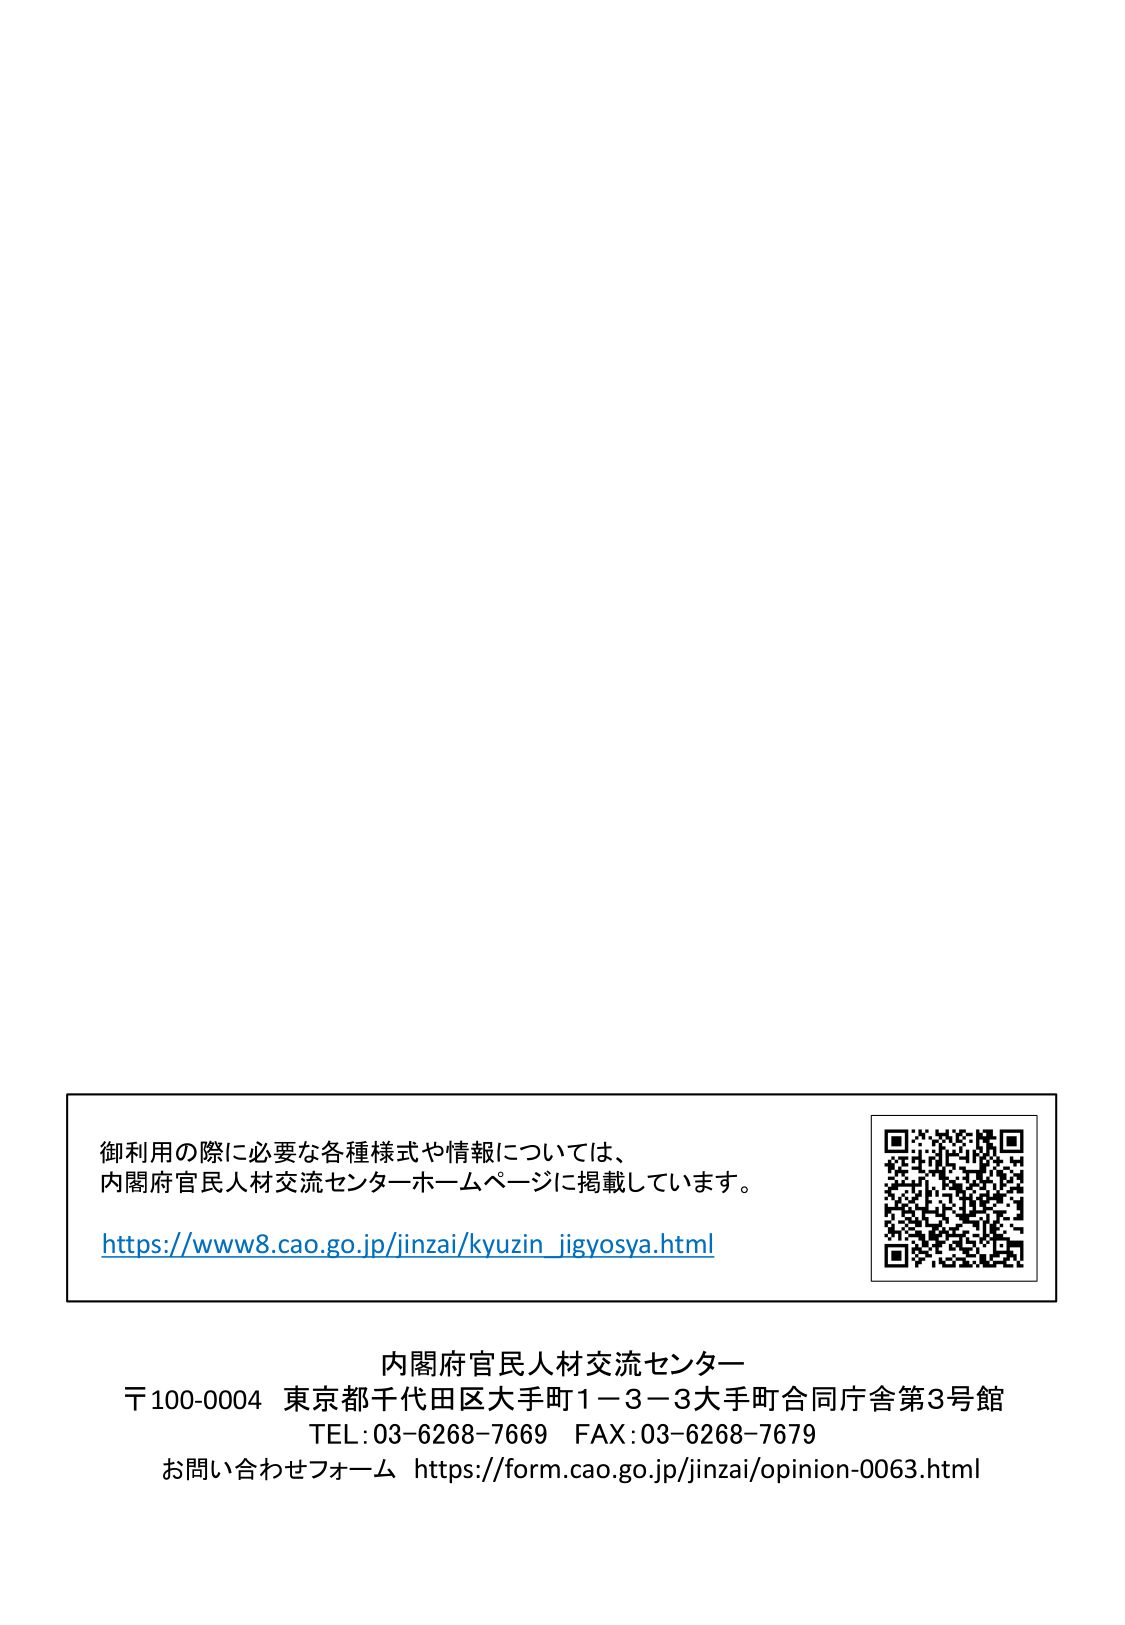
御利用の際に必要な各種様式や情報については、
内閣府官民人材交流センターホームページに掲載しています。
https://www8.cao.go.jp/jinzai/kyuzin_jigyosya.html

内閣府官民人材交流センター
〒100-0004 東京都千代田区大手町1－3－3大手町合同庁舎第3号館
TEL:03-6268-7669 FAX:03-6268-7679
お問い合わせフォーム https://form.cao.go.jp/jinzai/opinion-0063.html